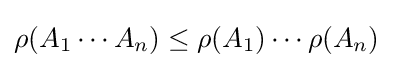
\rho (A_{1}\cdots A_{n})\leq \rho (A_{1})\cdots \rho (A_{n})